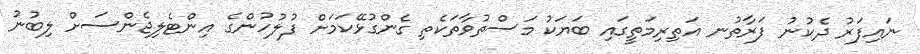
ނައިފަރު ދެކުނު ފަރާތުނ އަތިރިމަތީގައި ބަޔަކު މަސްތުވާތަކެތި ގެންގުޅޭކަމަށް ފުލުހުންގެ އިންޓެލިޖެންސަށް ލިބުނު